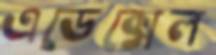
এডেক্সেল